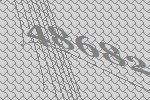
48682